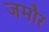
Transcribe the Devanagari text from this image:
जमौर